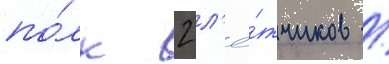
по́лк 2 л'ё́тчиков /